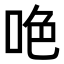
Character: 𠲅